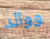
ووالد